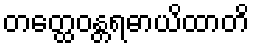
တတ္ထေဝန္တရဓာယိထာတိ